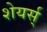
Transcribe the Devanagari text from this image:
शेयर्स्